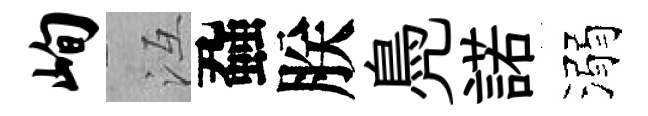
峋冱蝨朕鳧諾溺